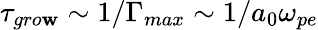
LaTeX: \tau_{gro\mathbf{w}}\sim1/\Gamma_{max}\sim1/a_{0}\omega_{pe}